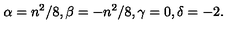
\alpha = { n ^ { 2 } } / { 8 } , \beta = - { n ^ { 2 } } / { 8 } , \gamma = 0 , \delta = - 2 .